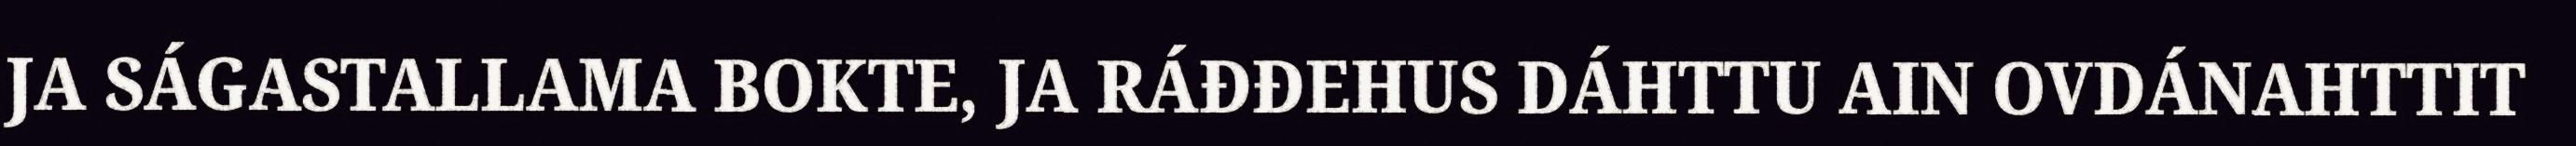
JA SÁGASTALLAMA BOKTE, JA RÁĐĐEHUS DÁHTTU AIN OVDÁNAHTTIT